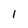
Character: 1